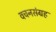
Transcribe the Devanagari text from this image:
वचनसंग्रह